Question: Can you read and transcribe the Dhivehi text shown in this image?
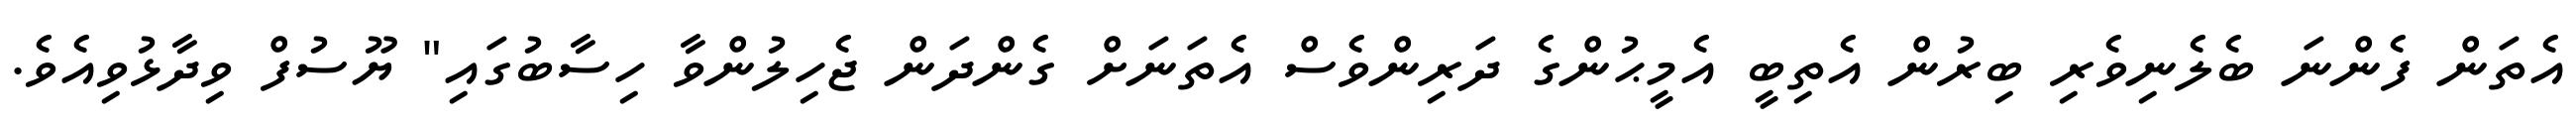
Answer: އެތަން ފެންނަ ބެލެނިވެރި ބިރުން އެތިބީ އެމީޙުންގެ ދަރިންވެސް އެތަނަށް ގެންދަން ޖެހިލުންވާ ހިސާބުގައި" ޔޫސުފް ވިދާޅުވިއެވެ.